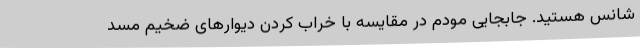
شانس هستید. جابجایی مودم در مقایسه با خراب کردن دیوارهای ضخیم مسد